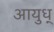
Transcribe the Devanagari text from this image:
आयुध्